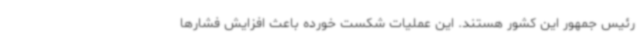
رئیس جمهور این کشور هستند. این عملیات شکست خورده باعث افزایش فشارها